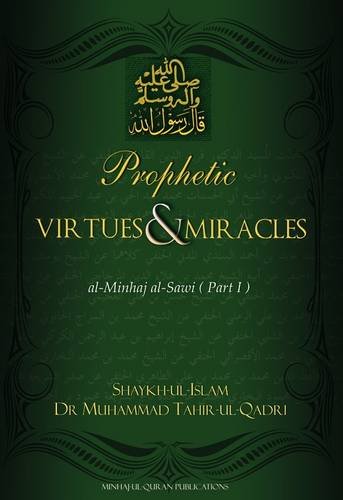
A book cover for Prophetic Virtues & Miracles; Muhammad Tahir-ul-Qadri; Religion & Spirituality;